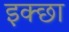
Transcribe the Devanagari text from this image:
इक्छा